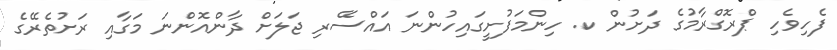
ފެހިވެހި ޕްރޮގްރާމުގެ ދަށުން ކ. ހިންމަފުށީގައިހުންނަ އައްސޭރި ޖަލަށް ދާންއޮންނަ މަގާއި ރަށުތެރޭގެ